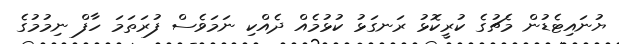
ޔުނައިޓެޑުން މެޗުގެ ކުރީކޮޅު ރަނގަޅު ކުޅުމެއް ދެއްކި ނަމަވެސް ފުރަތަމަ ހާފް ނިމުމުގެ